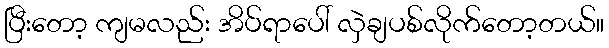
ပြီးတော့ ကျမလည်း အိပ်ရာပေါ် လှဲချပစ်လိုက်တော့တယ်။